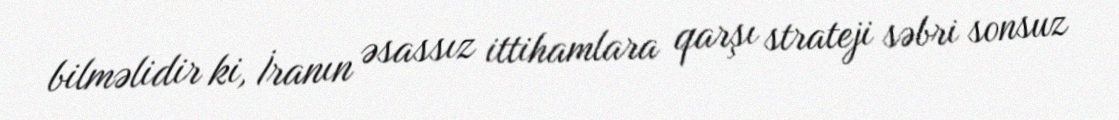
bilməlidir ki, İranın əsassız ittihamlara qarşı strateji səbri sonsuz